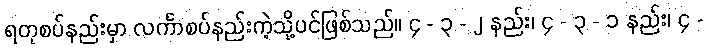
ရတုစပ်နည်းမှာ လင်္ကာစပ်နည်းကဲ့သို့ပင်ဖြစ်သည်။ ၄ - ၃ - ၂ နည်း၊ ၄ - ၃ - ၁ နည်း၊ ၄ -